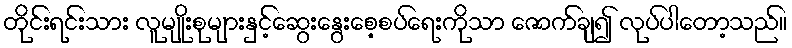
တိုင်းရင်းသား လူမျိုးစုများနှင့်ဆွေးနွေးစေ့စပ်ရေးကိုသာ ဇောက်ချ၍ လုပ်ပါတော့သည်။